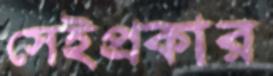
সেইপ্রকার